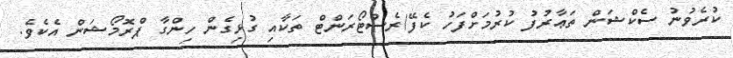
ކުރެވުނު ސެކްޝަން ތަޢާރުފު ކުރުމަށްފަހު ކެފޭ/ރެސްޓޯރަންޓް ތަކާއި ގުޅިގެން ހިންގާ ޕްރޮމޯޝަން އެކެވެ.